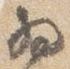
為